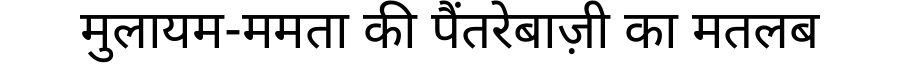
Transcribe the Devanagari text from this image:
मुलायम-ममता की पैंतरेबाज़ी का मतलब